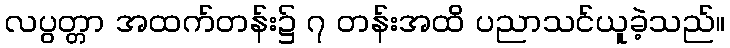
လပွတ္တာ အထက်တန်း၌ ၇ တန်းအထိ ပညာသင်ယူခဲ့သည်။